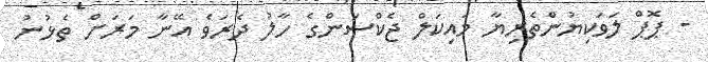
- ޕޮޕް ލަވަކިޔުންތެރިޔާ މައިކަލް ޖެކްސަންގެ ހާލު ދެރަވެ އޭނާ މަރަށް ތެޅުނު